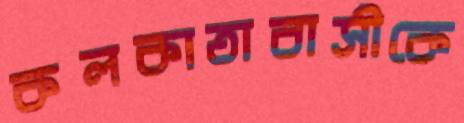
কলকাতাবাসীকে